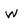
Character: w